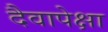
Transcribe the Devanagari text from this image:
दैवापेक्षा